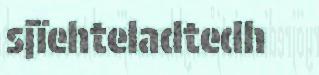
sjïehteladtedh